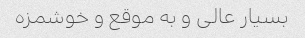
بسیار عالی و به موقع و خوشمزه